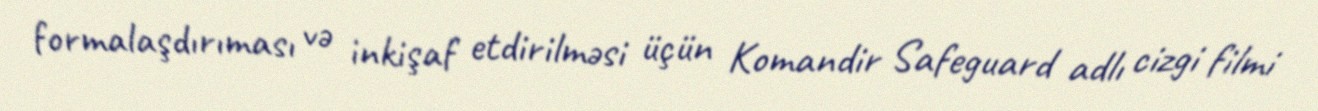
formalaşdırıması və inkişaf etdirilməsi üçün Komandir Safeguard adlı cizgi filmi